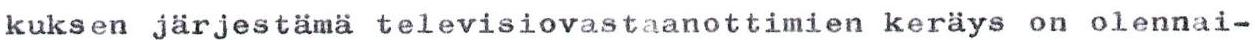
kuksen järjestämä televisiovastaanottimien keräys on olennai-